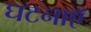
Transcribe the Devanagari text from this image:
घटनाएॅ